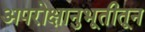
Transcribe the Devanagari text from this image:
अपरोक्षानुभूतीतून